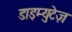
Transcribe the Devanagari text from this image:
डाइम्युटेज़